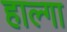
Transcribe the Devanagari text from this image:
हाल्गा